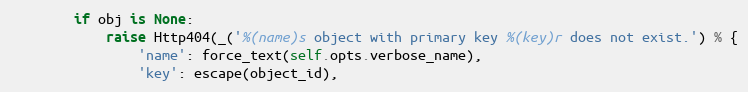
Language: Python
        if obj is None:
            raise Http404(_('%(name)s object with primary key %(key)r does not exist.') % {
                'name': force_text(self.opts.verbose_name),
                'key': escape(object_id),